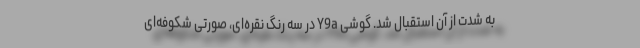
به شدت از آن استقبال شد. گوشی Y9a در سه رنگ نقره‌ای، صورتی شکوفه‌ای